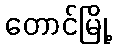
တောင်မြို့